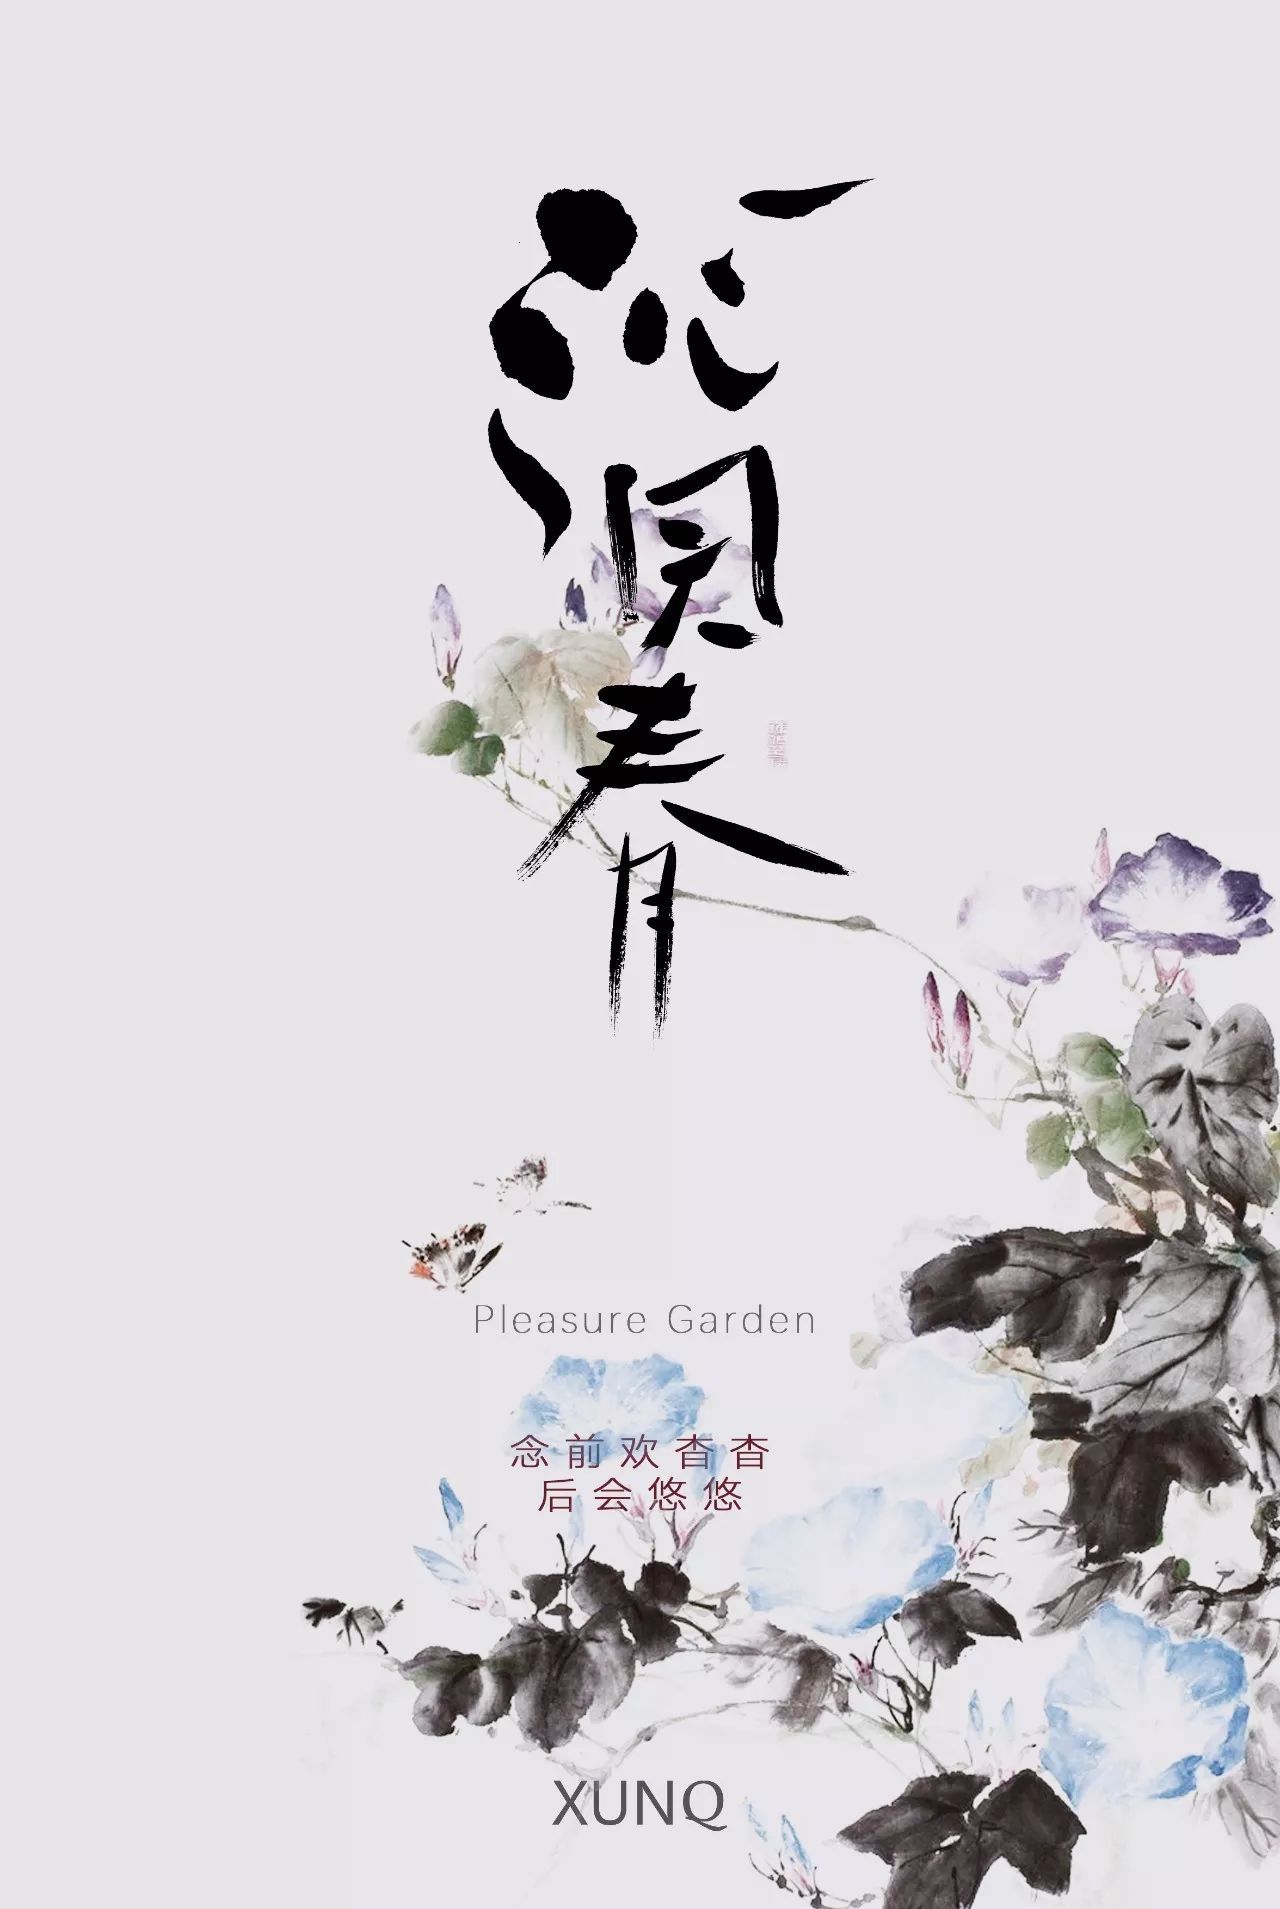
昨夜雨疏风骤，浓睡不消残酒。